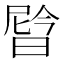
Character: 𬁉